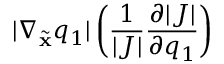
| \nabla _ { \ensuremath { { \widetilde { \mathbf { x } } } } } q _ { 1 } | \left( \frac { 1 } { | J | } \frac { \partial | J | } { \partial q _ { 1 } } \right)